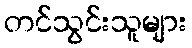
တင်သွင်းသူများ